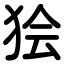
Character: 狯